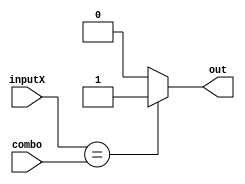
module comparator(inputX, combo, out);
input [3:0] inputX, combo;
output reg out;

always @(inputX, combo)
begin
	if (inputX == combo)
		out = 1;
	else
		out = 0;
end
endmodule